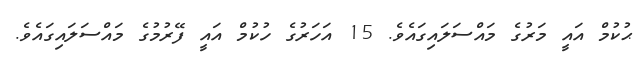
ޙުކުމް އައީ މަރުގެ މައްސަލައިގައެވެ. 15 އަހަރުގެ ހުކުމް އައީ ފޭރުމުގެ މައްސަލައިގައެވެ.